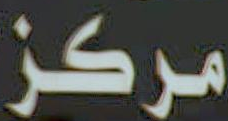
مركز